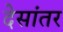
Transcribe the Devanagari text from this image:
देसांतर